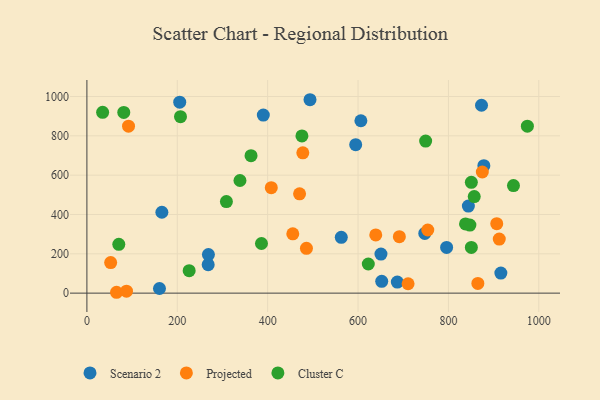
{"axis": {"x": "Ad Spend", "y": "Demand"}, "legend": ["Cluster C", "Projected", "Scenario 2"], "data": [{"x": "686.9", "y": 56.2, "type": "Scenario 2"}, {"x": "160.6", "y": 23.7, "type": "Scenario 2"}, {"x": "796.0", "y": 232.7, "type": "Scenario 2"}, {"x": "493.7", "y": 983.7, "type": "Scenario 2"}, {"x": "873.2", "y": 955.6, "type": "Scenario 2"}, {"x": "606.3", "y": 876.7, "type": "Scenario 2"}, {"x": "205.4", "y": 971.2, "type": "Scenario 2"}, {"x": "165.9", "y": 411.3, "type": "Scenario 2"}, {"x": "594.8", "y": 755.0, "type": "Scenario 2"}, {"x": "844.1", "y": 442.9, "type": "Scenario 2"}, {"x": "650.7", "y": 198.6, "type": "Scenario 2"}, {"x": "268.4", "y": 145.0, "type": "Scenario 2"}, {"x": "916.0", "y": 102.2, "type": "Scenario 2"}, {"x": "747.7", "y": 303.9, "type": "Scenario 2"}, {"x": "878.4", "y": 648.3, "type": "Scenario 2"}, {"x": "268.9", "y": 196.1, "type": "Scenario 2"}, {"x": "390.4", "y": 905.6, "type": "Scenario 2"}, {"x": "562.9", "y": 284.1, "type": "Scenario 2"}, {"x": "652.4", "y": 60.1, "type": "Scenario 2"}, {"x": "691.4", "y": 287.3, "type": "Projected"}, {"x": "477.8", "y": 713.8, "type": "Projected"}, {"x": "52.6", "y": 155.4, "type": "Projected"}, {"x": "865.1", "y": 49.5, "type": "Projected"}, {"x": "710.7", "y": 47.7, "type": "Projected"}, {"x": "485.8", "y": 227.7, "type": "Projected"}, {"x": "906.9", "y": 353.4, "type": "Projected"}, {"x": "92.1", "y": 849.2, "type": "Projected"}, {"x": "455.6", "y": 301.5, "type": "Projected"}, {"x": "408.0", "y": 536.5, "type": "Projected"}, {"x": "875.0", "y": 616.2, "type": "Projected"}, {"x": "639.2", "y": 295.9, "type": "Projected"}, {"x": "65.6", "y": 4.4, "type": "Projected"}, {"x": "754.3", "y": 321.2, "type": "Projected"}, {"x": "470.6", "y": 504.9, "type": "Projected"}, {"x": "87.6", "y": 9.9, "type": "Projected"}, {"x": "912.5", "y": 274.8, "type": "Projected"}, {"x": "338.7", "y": 572.8, "type": "Cluster C"}, {"x": "943.9", "y": 546.9, "type": "Cluster C"}, {"x": "847.5", "y": 346.4, "type": "Cluster C"}, {"x": "857.1", "y": 491.0, "type": "Cluster C"}, {"x": "207.1", "y": 897.3, "type": "Cluster C"}, {"x": "386.3", "y": 252.4, "type": "Cluster C"}, {"x": "622.7", "y": 148.1, "type": "Cluster C"}, {"x": "475.8", "y": 799.6, "type": "Cluster C"}, {"x": "81.6", "y": 919.2, "type": "Cluster C"}, {"x": "749.6", "y": 773.3, "type": "Cluster C"}, {"x": "850.7", "y": 563.7, "type": "Cluster C"}, {"x": "974.7", "y": 849.2, "type": "Cluster C"}, {"x": "70.6", "y": 248.4, "type": "Cluster C"}, {"x": "837.8", "y": 351.8, "type": "Cluster C"}, {"x": "850.7", "y": 232.4, "type": "Cluster C"}, {"x": "34.8", "y": 919.4, "type": "Cluster C"}, {"x": "308.7", "y": 465.6, "type": "Cluster C"}, {"x": "226.3", "y": 114.1, "type": "Cluster C"}, {"x": "363.2", "y": 699.3, "type": "Cluster C"}]}